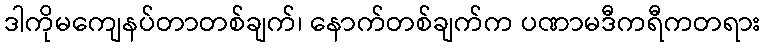
ဒါကိုမကျေနပ်တာတစ်ချက်၊ နောက်တစ်ချက်က ပဏာမဒီကရီကတရား